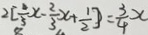
2 [ \frac { 4 } { 3 } x - \frac { 2 } { 3 } x + \frac { 1 } { 2 } ] = \frac { 3 } { 4 } x